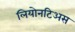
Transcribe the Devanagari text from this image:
लियोनटिअस